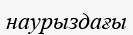
наурыздағы